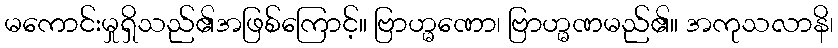
မကောင်းမှုရှိသည်၏အဖြစ်ကြောင့်။ ဗြာဟ္မဏော၊ ဗြာဟ္မဏမည်၏။ အကုသလာနိ၊